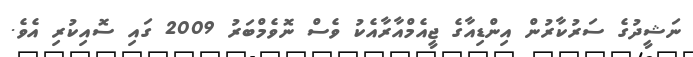
ނަޝީދުގެ ސަރުކާރުން އިންޑިއާގެ ޖީއެމްއާރާއެކު ވެސް ނޮވެމްބަރު 2009 ގައި ސޮއިކުރި އެވެ.